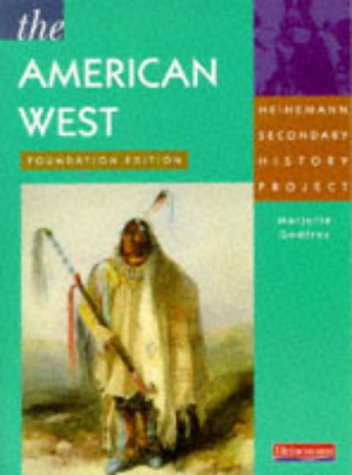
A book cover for American West: Foundation (Heinemann Secondary History Project); Marjorie Godfrey; Teen & Young Adult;